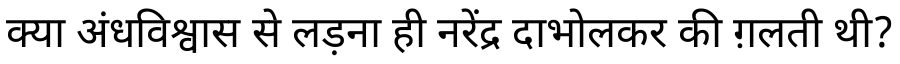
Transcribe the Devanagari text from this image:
क्या अंधविश्वास से लड़ना ही नरेंद्र दाभोलकर की ग़लती थी?